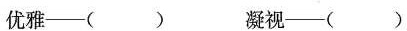
优雅——() 凝视——()